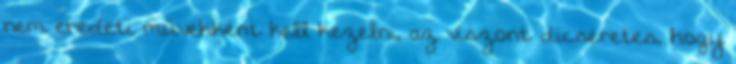
nem eredeti művekként kell kezelni, az viszont dicséretes, hogy